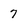
Character: 7